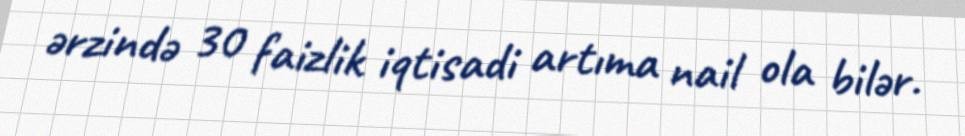
ərzində 30 faizlik iqtisadi artıma nail ola bilər.